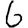
Digit: 6